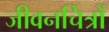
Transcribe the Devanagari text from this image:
जीवनचित्रों